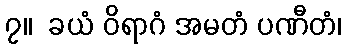
၇။  ခယံ ဝိရာဂံ အမတံ ပဏီတံ၊